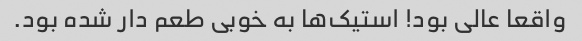
واقعا عالی بود! استیک‌ها به خوبی طعم دار شده بود.